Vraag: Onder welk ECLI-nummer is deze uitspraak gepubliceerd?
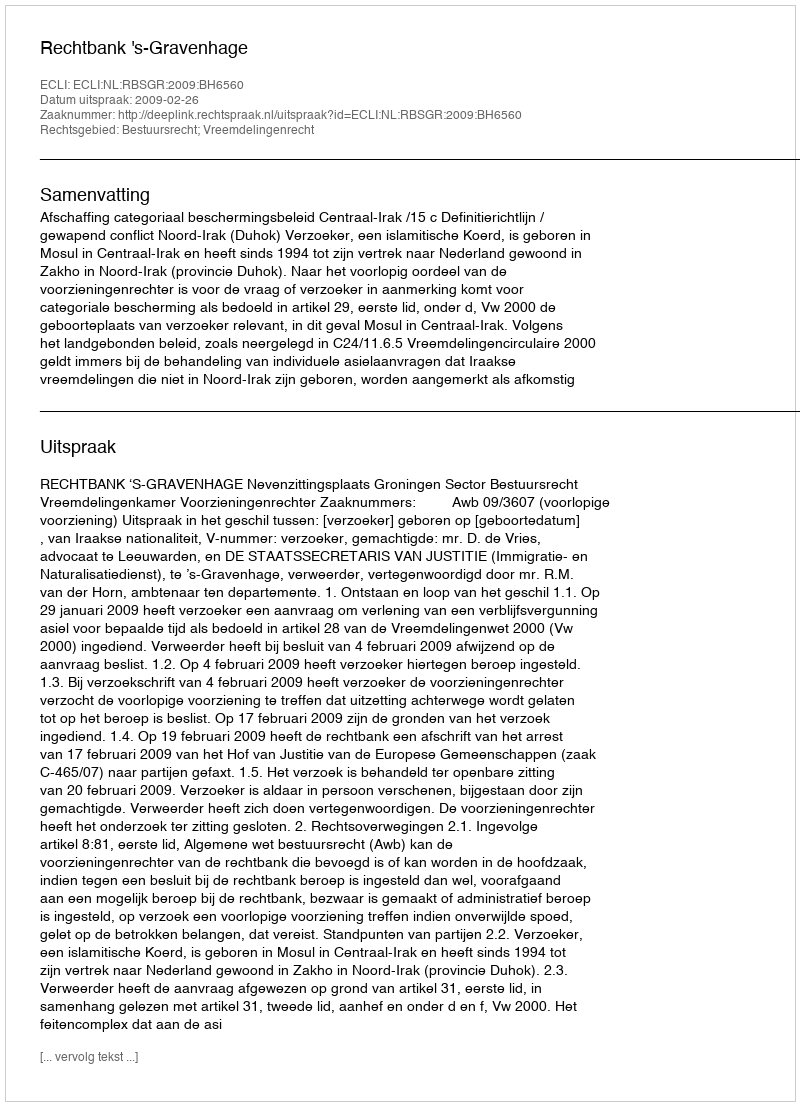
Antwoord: ECLI:NL:RBSGR:2009:BH6560